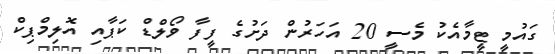
ގައުމީ ޓީމާއެކު މެސީ 20 އަހަރުން ދަށުގެ ފީފާ ވޯލްޑް ކަޕާއި އޮލިމްޕިކް